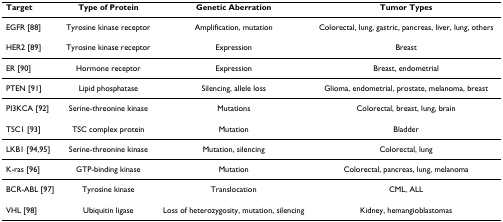
| Target | Type of Protein | Genetic Aberration | Tumor Types |
 | --- | --- | --- | --- |
 | EGFR [88] | Tyrosine kinase receptor | Amplification, mutation | Colorectal, lung, gastric, pancreas, liver, lung, others |
 | HER2 [89] | Tyrosine kinase receptor | Expression | Breast |
 | ER [90] | Hormone receptor | Expression | Breast, endometrial |
 | PTEN [91] | Lipid phosphatase | Silencing, allele loss | Glioma, endometrial, prostate, melanoma, breast |
 | PI3KCA [92] | Serine-threonine kinase | Mutations | Colorectal, breast, lung, brain |
 | TSC1 [93] | TSC complex protein | Mutation | Bladder |
 | LKB1 [94,95] | Serine-threonine kinase | Mutation, silencing | Colorectal, lung |
 | K-ras [96] | GTP-binding kinase | Mutation | Colorectal, pancreas, lung, melanoma |
 | BCR-ABL [97] | Tyrosine kinase | Translocation | CML, ALL |
 | VHL [98] | Ubiquitin ligase | Loss of heterozygosity, mutation, silencing | Kidney, hemangioblastomas |